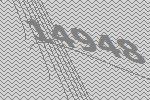
14948